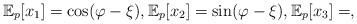
LaTeX: \begin{align*}\mathbb{E}_p[x_1] = \cos(\varphi-\xi), \mathbb{E}_p[x_2] = \sin(\varphi-\xi), \mathbb{E}_p[x_3] = ,\end{align*}